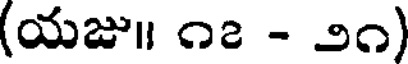
(యజు॥ ౧౭ - ౨౧)